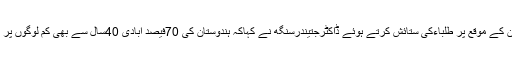
بچوں کے دن کے موقع پر طلباءکی ستائش کرتے ہوئے ڈاکٹرجتیندرسنگھ نے کہاکہ ہندوستان کی 70فیصد آبادی 40سال سے بھی کم لوگوں پر مشتمل ہے ۔